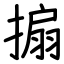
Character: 搧